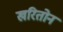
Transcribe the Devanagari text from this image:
खरितोन